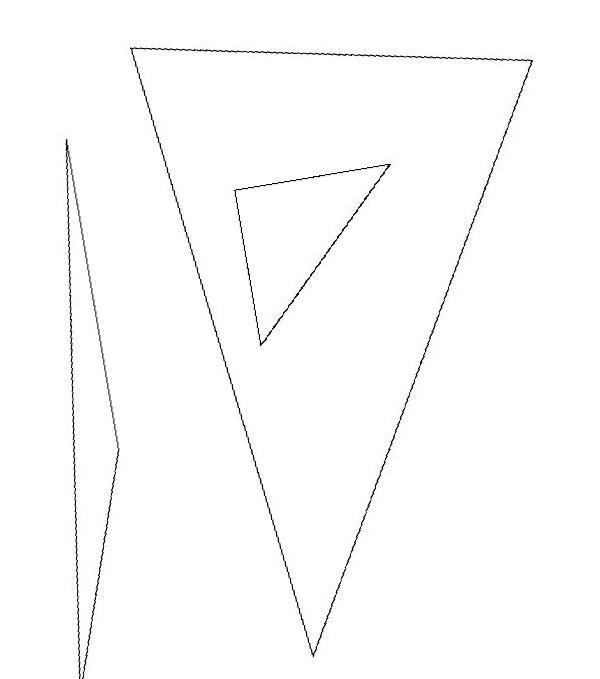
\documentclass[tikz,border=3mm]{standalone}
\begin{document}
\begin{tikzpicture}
\draw (7,7) -- (2,8) -- (3,0) -- cycle;
\draw (1,7) -- (1,3) -- (0,0) -- cycle;
\draw (5,6) -- (3,6) -- (3,4) -- cycle;
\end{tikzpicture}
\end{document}